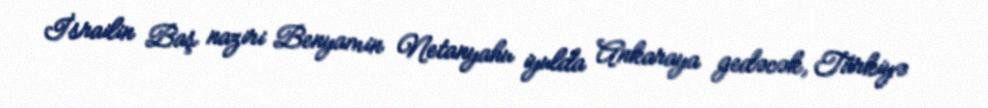
İsrailin Baş naziri Benyamin Netanyahu iyulda Ankaraya gedəcək, Türkiyə